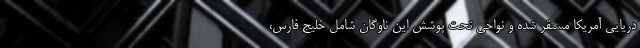
دریایی آمریکا مستقر شده و نواحی تحت پوشش این ناوگان شامل خلیج فارس،